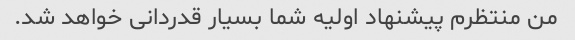
من منتظرم پیشنهاد اولیه شما بسیار قدردانی خواهد شد.